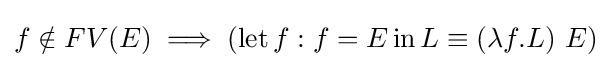
f\notin FV(E)\implies (\operatorname {let} f:f=E\operatorname {in} L\equiv (\lambda f.L)\ E)